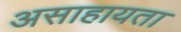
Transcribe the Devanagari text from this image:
असाहायता